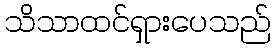
သိသာထင်ရှားပေသည်